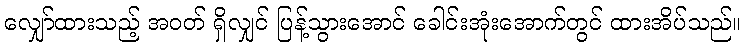
လျှော်ထားသည့် အဝတ် ရှိလျှင် ပြန့်သွားအောင် ခေါင်းအုံးအောက်တွင် ထားအိပ်သည်။